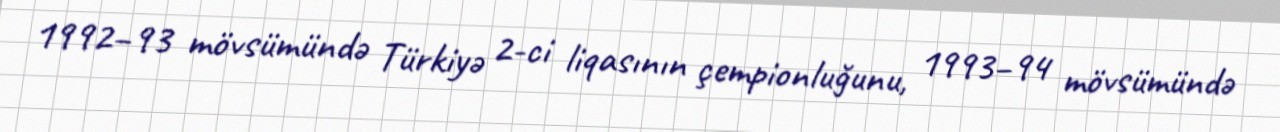
1992–93 mövsümündə Türkiyə 2-ci liqasının çempionluğunu, 1993–94 mövsümündə